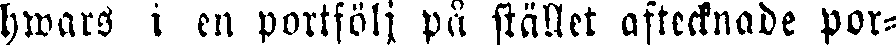
hwars i en portfölj på stället aftecknade por-